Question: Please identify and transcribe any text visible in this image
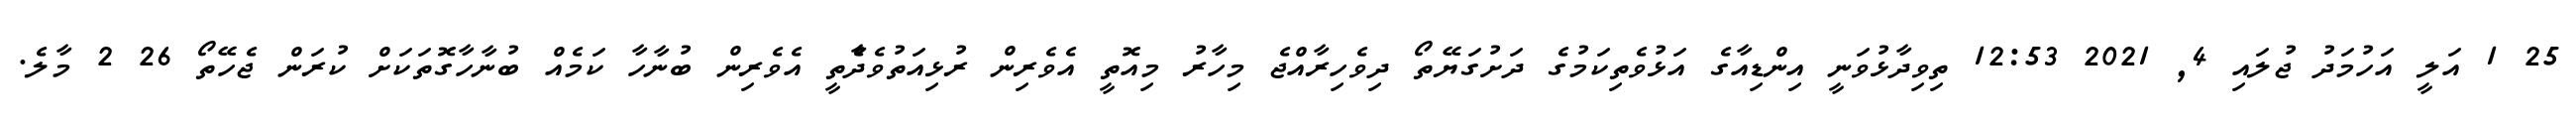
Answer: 25 1 އަލީ އަހުމަދު ޖުލައި 4, 2021 12:53 ތިވިދާޅުވަނީ އިންޑިއާގެ އަޅުވެތިކަމުގެ ދަށުގަޔޭތޯ ދިވެހިރާއްޖެ މިހާރު މިއޮތީ އެވެރިން ރުޅިއަތުވެދާެތީ އެވެރިން ބުނާހާ ކަމެއް ބުނާހާގޮތަކަށް ކުރަން ޖެހޭތޯ 26 2 މާލެ.